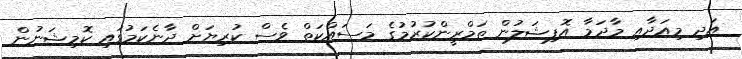
އަދި މިއަދާއި މާދަމާ އޮފިޝަލުން ތަމްރީންކުރުމުގެ މަސައްކަތް ވެސް ކުރިޔަށް ދާނެކަމުގައި ކޮމިޝަނުން